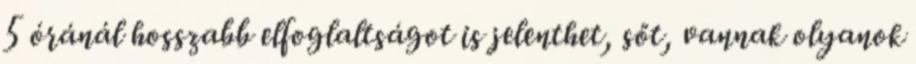
5 óránál hosszabb elfoglaltságot is jelenthet, sőt, vannak olyanok